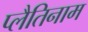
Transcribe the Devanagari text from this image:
प्लैतिनाम